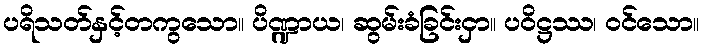
ပရိသတ်နှင့်တကွသော။ ပိဏ္ဍာယ၊ ဆွမ်းခံခြင်းငှာ။ ပဝိဋ္ဌဿ၊ ဝင်သော။